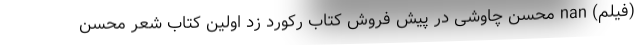
(فیلم) nan محسن چاوشی در پیش فروش کتاب رکورد زد اولین کتاب شعر محسن